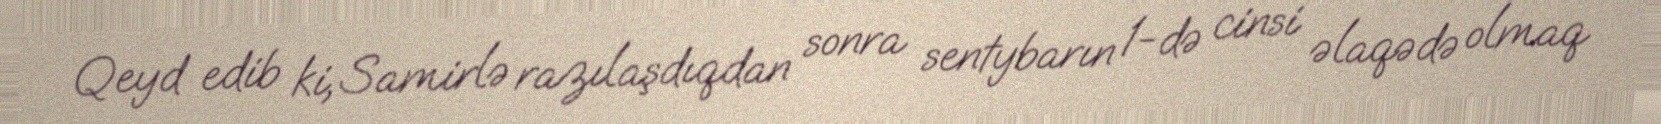
Qeyd edib ki, Samirlə razılaşdıqdan sonra sentybarın 1-də cinsi əlaqədə olmaq